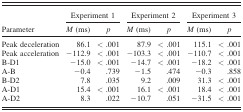
<table><thead><tr><td></td><td colspan="2"><b>Experiment 1</b></td><td colspan="2"><b>Experiment 2</b></td><td colspan="2"><b>Experiment 3</b></td></tr><tr><td><b>Parameter</b></td><td><b><i>M</i> (ms)</b></td><td><b><i>p</i></b></td><td><b><i>M</i> (ms)</b></td><td><b><i>p</i></b></td><td><b><i>M</i> (ms)</b></td><td><b><i>p</i></b></td></tr></thead><tbody><tr><td>Peak deceleration</td><td>86.1</td><td>&lt; .001</td><td>87.9</td><td>&lt; .001</td><td>115.1</td><td>&lt; .001</td></tr><tr><td>Peak acceleration</td><td>−112.9</td><td>&lt; .001</td><td>−103.3</td><td>&lt; .001</td><td>−110.7</td><td>&lt; .001</td></tr><tr><td>B‐D1</td><td>−15.0</td><td>&lt; .001</td><td>−14.7</td><td>&lt; .001</td><td>−18.2</td><td>&lt; .001</td></tr><tr><td>A‐B</td><td>−0.4</td><td>.739</td><td>−1.5</td><td>.474</td><td>−0.3</td><td>.858</td></tr><tr><td>B‐D2</td><td>7.8</td><td>.035</td><td>9.2</td><td>.009</td><td>31.3</td><td>&lt; .001</td></tr><tr><td>A‐D1</td><td>15.4</td><td>&lt; .001</td><td>16.1</td><td>&lt; .001</td><td>18.4</td><td>&lt; .001</td></tr><tr><td>A‐D2</td><td>8.3</td><td>.022</td><td>−10.7</td><td>.051</td><td>−31.5</td><td>&lt; .001</td></tr></tbody></table>